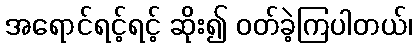
အရောင်ရင့်ရင့် ဆိုး၍ ဝတ်ခဲ့ကြပါတယ်၊